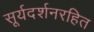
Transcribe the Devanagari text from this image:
सूर्यदर्शनरहित